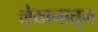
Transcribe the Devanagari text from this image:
ले़खनातून